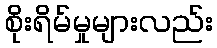
စိုးရိမ်မှုများလည်း